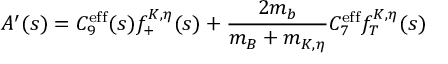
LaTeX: A ^ { \prime } ( s ) = C _ { 9 } ^ { \mathrm { e f f } } ( s ) f _ { + } ^ { K , \eta } ( s ) + \frac { 2 m _ { b } } { m _ { B } + m _ { K , \eta } } C _ { 7 } ^ { \mathrm { e f f } } f _ { T } ^ { K , \eta } ( s )